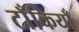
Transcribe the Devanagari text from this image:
टाँकियाँ